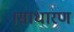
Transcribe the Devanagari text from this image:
।साधारण